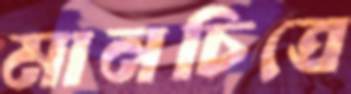
মানচিত্রে